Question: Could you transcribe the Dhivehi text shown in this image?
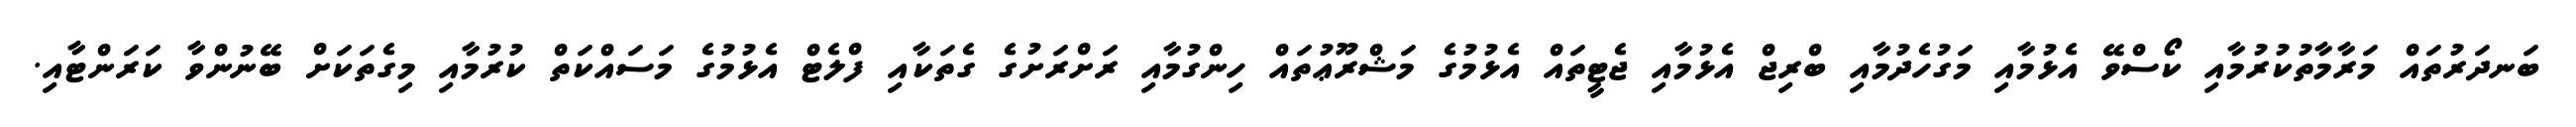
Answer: ބަނދަރުތައް މަރާމާތުކުރުމާއި ކޯސްވޭ އެޅުމާއި މަގުހެދުމާއި ބްރިޖް އެޅުމާއި ޖެޓީތައް އެޅުމުގެ މަޝްރޫޢުތައް ހިންގުމާއި ރަށްރަށުގެ ގެތަކާއި ފްލެޓް އެޅުމުގެ މަސައްކަތް ކުރުމާއި މިގެތަކަށް ބޭނުންވާ ކަރަންޓާއި.